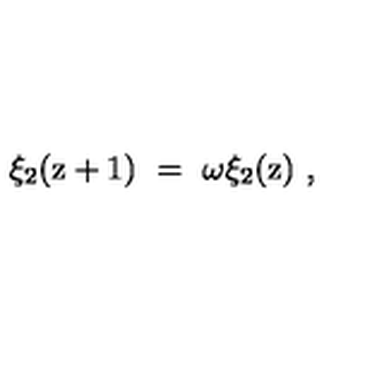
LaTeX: \xi _ { 2 } ( \mathrm { z } + 1 ) \ = \ \omega \xi _ { 2 } ( \mathrm { z } ) \ ,